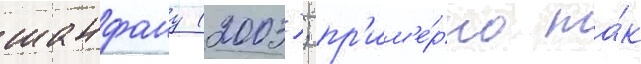
шанфану (2003); пр'им'е́рно та́к